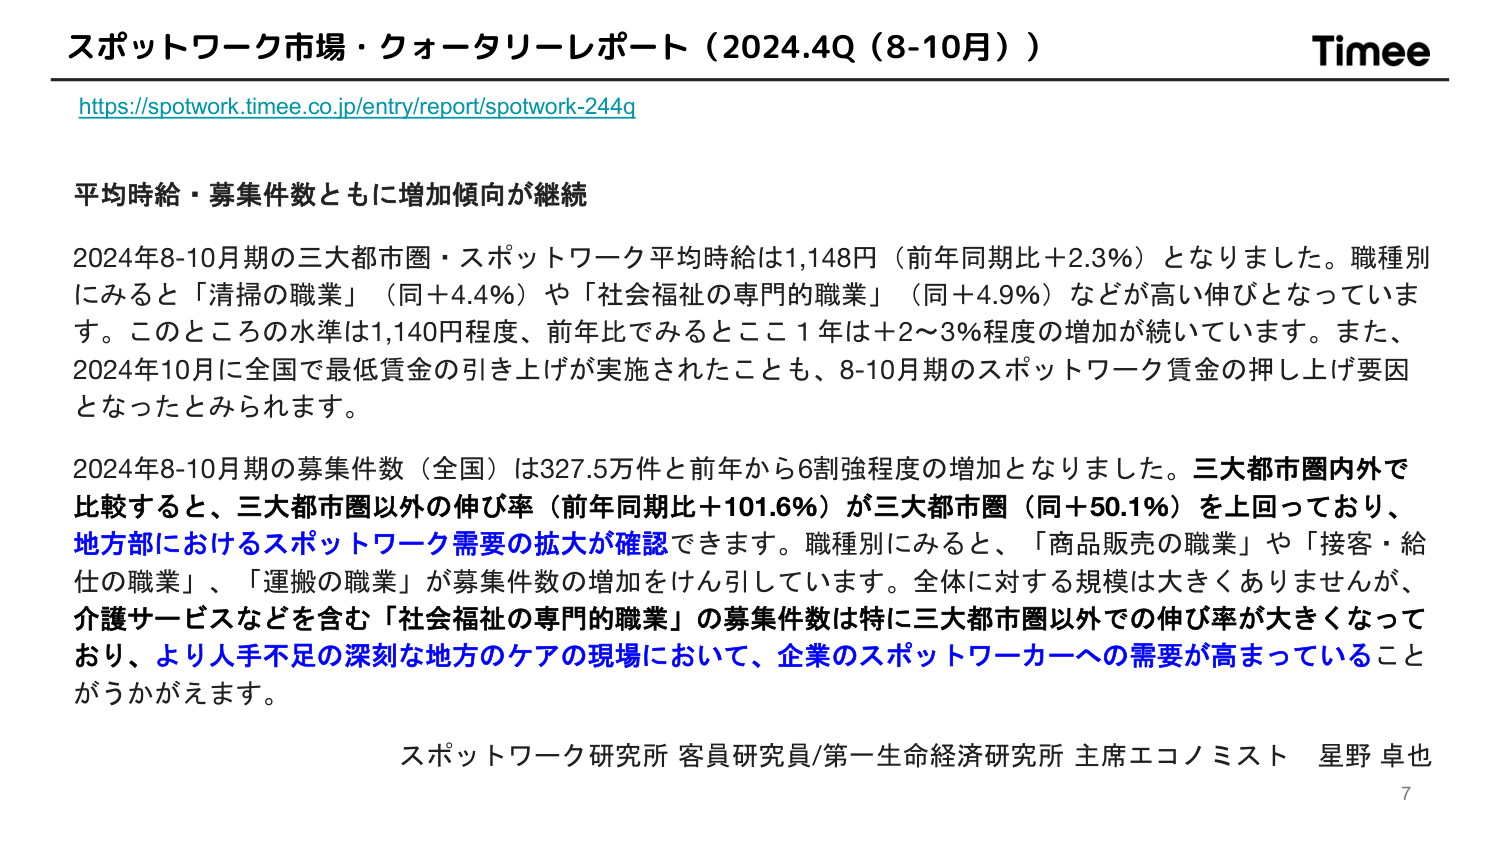
スポットワーク市場・クォータリーレポート（2024.4Q（8-10月））
Timee
https://spotwork.timee.co.jp/entry/report/spotwork-244q

平均時給・募集件数ともに増加傾向が継続

2024年8-10月期の三大都市圏・スポットワーク平均時給は1,148円（前年同期比＋2.3％）となりました。職種別にみると「清掃の職業」（同＋4.4％）や「社会福祉の専門的職業」（同＋4.9％）などが高い伸びとなっています。このところの水準は1,140円程度、前年比でみるとここ1年は＋2～3％程度の増加が続いています。また、2024年10月に全国で最低賃金の引き上げが実施されたことも、8-10月期のスポットワーク賃金の押し上げ要因となったとみられます。

2024年8-10月期の募集件数（全国）は327.5万件と前年から6割強程度の増加となりました。三大都市圏内外で比較すると、三大都市圏以外の伸び率（前年同期比＋101.6％）が三大都市圏（同＋50.1％）を上回っており、地方部におけるスポットワーク需要の拡大が確認できます。職種別にみると、「商品販売の職業」や「接客・給仕の職業」、「運搬の職業」が募集件数の増加をけん引しています。全体に対する規模は大きくありませんが、介護サービスなどを含む「社会福祉の専門的職業」の募集件数は特に三大都市圏以外での伸び率が大きくなっており、より人手不足の深刻な地方のケアの現場において、企業のスポットワーカーへの需要が高まっていることがうかがえます。

スポットワーク研究所 客員研究員/第一生命経済研究所 主席エコノミスト 星野 卓也
7